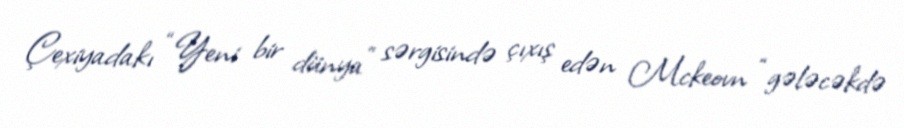
Çexiyadakı “Yeni bir dünya” sərgisində çıxış edən Mckeovn “gələcəkdə